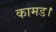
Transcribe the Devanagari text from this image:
कामड।